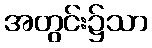
အတွင်း၌သာ